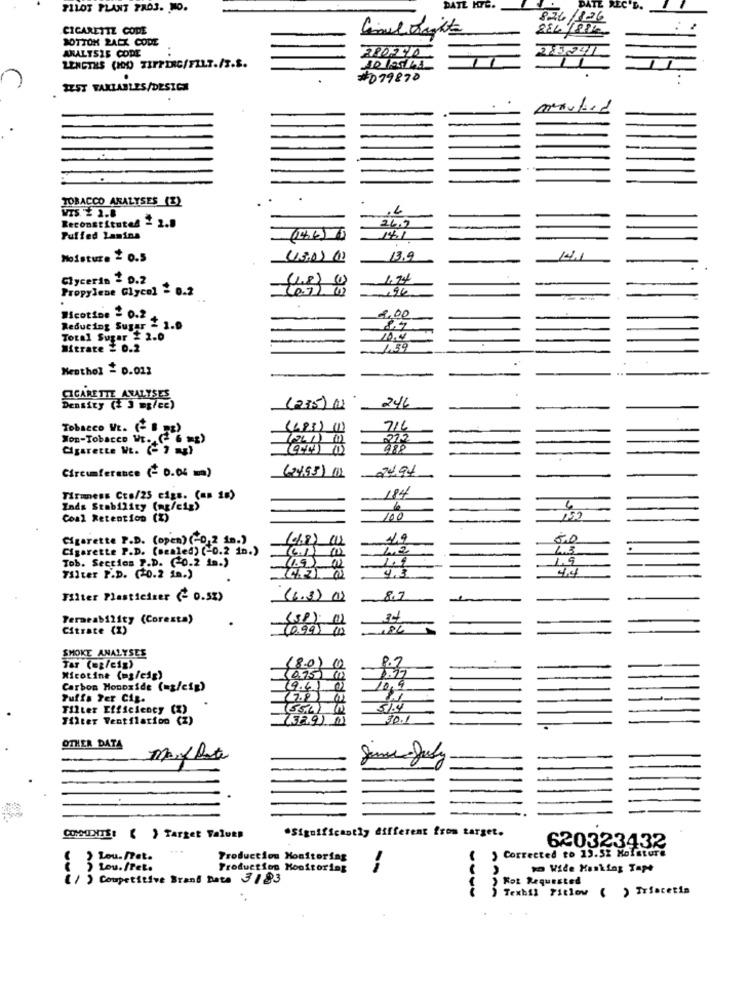
PILOT PLANT PADS. NO.
DATE HYG.
REC
826/126
CIGARETTE CODE
884/88/
BOTTOM ZACK CODE
ANALYSIS CODE
LENGTHS (HOD TIPPING/FILT./T.S.
#079870
IEST FAKLABLES/DESIGN
TOBACCO ANALYSES (2)
VIS $ 1.8
Reconstituted - 2.9
26,2
Puffed Lamins
(46)4
14.1
Moisture 2 0.5
13.9
Glycerin = 0.2
1,74
Propylene Glycol = 0.2
196
Nicotine = 0.2
8,00
Reducing Sugar - 1.0
87
Total Sugar £ 2.0
10.4
Mitrate = 0.2
1.59
Menthol = 0.013
CIGARETTE ANALYSES
Density (+ 3 mg/ce)
(235)1
Tobacco VE.
(483) (1)
716
Won-Tobacco WE.
212
Cigarette Wt. (- 7 }
Circumference (- 0.04 =)
(2493) (1)
24,94
184
Tirmess Cto/25 cigs. (an 18)
Inds Stability (mg/cig)
6
Coal Retention (%)
100
150
Cigarette P.D. (open) (-0,2 1n.)
6.0
Cigarette P.D. (sealed) (-0.2 in.)
6.1) (12
12
43
Tob. Section P.D. (0.2 is.)
1.4
1.9
4.4
Filter P.D. (20.2 in.)
Filter Plasticizer (- 0.5%)
(6.3) (02
8.7
Fermeab121ty (Coresta)
Citrate (X)
0.99
SMOKE ANALYSES
Tar (ez/cig)
(8.0)
8.2
Nicotine (mg/cig)
(0.75) (1)
Carbon Monoxide (mg/cip)
(9.4) 02
10,4
Tuffa Per Cis.
Tilter Efficiency (X)
51.4
Filter Ventilation (Z)
329) 1
30.1
OTHER DATA
Marylate
.Significantly different from target.
COMMENTS: { } Target Valut#
620323432
Lou- Set.
Production Monitoring
( ) Corrected to 13.52 Moisture
Production Monitoring
to Wide Masking Tape
( 1 ) Competitive Brand Data 3183
Rot Requested
Texhil Pitlow ( ) Triacetin